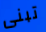
تبنى